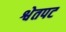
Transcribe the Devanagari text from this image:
श्वेतपट